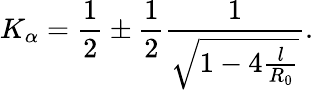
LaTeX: K_{\alpha}=\frac{1}{2}\pm\frac{1}{2}\frac{1}{\sqrt{1-4\frac{l}{R_{0}}}}.